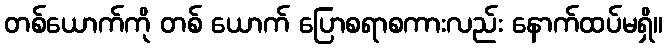
တစ်ယောက်ကို တစ် ယောက် ပြောစရာစကားလည်း နောက်ထပ်မရှိ။